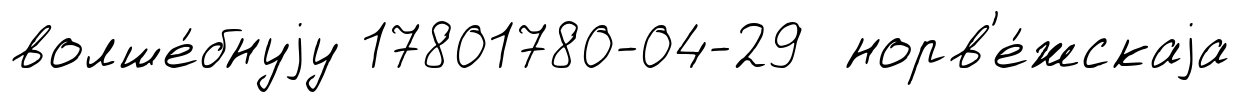
волше́бнуjу 17801780-04-29 норв'е́жскаjа